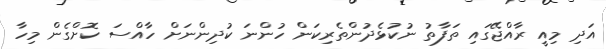
އަދި މިއީ ރާއްޖޭގައި ތަފާތު ނުކުޅެދުންތެރިކަން ހުންނަ ކުދިންނަށް ހާއްސަ ކޮށްގެން މިހާ